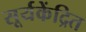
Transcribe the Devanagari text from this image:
सूर्यकेंद्रित